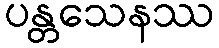
ပန္တသေနဿ